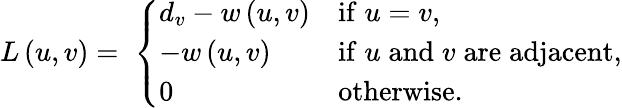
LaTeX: L\left(u,v\right)=\; \left\lbrace\begin{array}{ll}{d_{v}-w\left(u,v\right)}&{\mathrm{if}\; u=v,}\\ {-w\left(u,v\right)}&{\mathrm{if}\; u\; \mathrm{and}\; v\; \mathrm{are}\; \mathrm{adjacent},}\\ {0}&{\mathrm{otherwise}\ldotp}\end{array}\right.